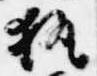
執